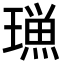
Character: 𭹿